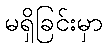
မရှိခြင်းမှာ